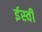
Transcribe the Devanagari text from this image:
र्इस्वी